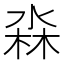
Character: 𭪳